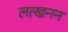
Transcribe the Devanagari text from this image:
लत्खनन